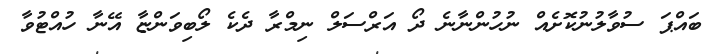
ބައްޕަ ސުވާލުނުކޮށެއް ނުހުންނާނެ ދޯ އަރްސަލް ނިމްރާ ދެކެ ލޯބިވަންޏާ އޭނާ ހުއްޓުވާ